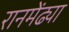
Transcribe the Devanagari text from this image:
रानमेंढ्या